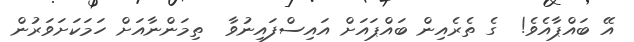
އޭ ބައްޕާއެވެ!  ގެ ތެރެއިން ބައްޕައަށް އައިސްފައިނުވާ  ތިމަންނާއަށް ހަމަކަށަވަރުން